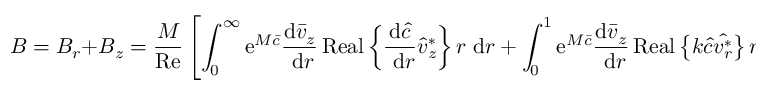
B = B _ { r } + B _ { z } = \frac { M } { \operatorname { R e } } \left[ \int _ { 0 } ^ { \infty } \mathrm { e } ^ { M \bar { c } } \frac { \mathrm { d } \bar { v } _ { z } } { \mathrm { ~ d } r } \operatorname { R e a l } \left\{ \frac { \mathrm { d } \hat { c } } { \mathrm { ~ d } r } \hat { v } _ { z } ^ { * } \right\} r \mathrm { ~ d } r + \int _ { 0 } ^ { 1 } \mathrm { e } ^ { M \bar { c } } \frac { \mathrm { d } \bar { v } _ { z } } { \mathrm { ~ d } r } \operatorname { R e a l } \left\{ k \hat { c } \hat { v _ { r } ^ { * } } \right\} r \mathrm { ~ d } r \right]